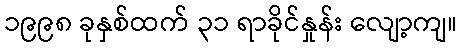
၁၉၉၈ ခုနှစ်ထက် ၃၁ ရာခိုင်နှုန်း လျော့ကျ။